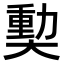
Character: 𪥝